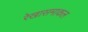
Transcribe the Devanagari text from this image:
रेखासमाकल